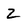
Character: Z